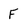
Character: F